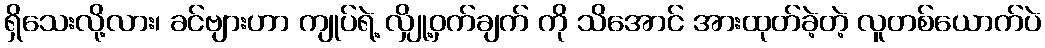
ရှိသေးလို့လား၊ ခင်ဗျားဟာ ကျုပ်ရဲ့ လျှို့ဝှက်ချက် ကို သိအောင် အားထုတ်ခဲ့တဲ့ လူတစ်ယောက်ပဲ